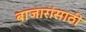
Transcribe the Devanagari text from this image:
बाजारांसाठी